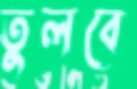
তুলবে